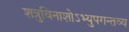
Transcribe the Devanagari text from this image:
शत्रुविनाशोऽभ्युपगन्तव्य